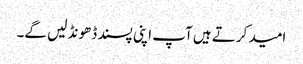
امید کرتے ہیں آپ اپنی پسند ڈھونڈ لیں گے۔